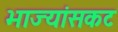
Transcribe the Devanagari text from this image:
भाज्यांसकट